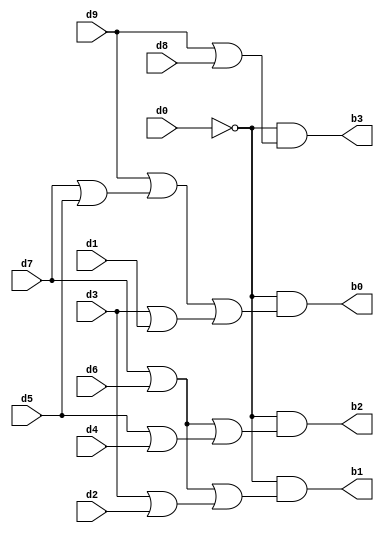
// Copyright (C) 2020  Intel Corporation. All rights reserved.
// Your use of Intel Corporation's design tools, logic functions 
// and other software and tools, and any partner logic 
// functions, and any output files from any of the foregoing 
// (including device programming or simulation files), and any 
// associated documentation or information are expressly subject 
// to the terms and conditions of the Intel Program License 
// Subscription Agreement, the Intel Quartus Prime License Agreement,
// the Intel FPGA IP License Agreement, or other applicable license
// agreement, including, without limitation, that your use is for
// the sole purpose of programming logic devices manufactured by
// Intel and sold by Intel or its authorized distributors.  Please
// refer to the applicable agreement for further details, at
// https://fpgasoftware.intel.com/eula.

// PROGRAM		"Quartus Prime"
// VERSION		"Version 20.1.1 Build 720 11/11/2020 SJ Lite Edition"
// CREATED		"Wed Nov 16 19:48:07 2022"

module d2b(
	d0,
	d1,
	d2,
	d3,
	d4,
	d5,
	d6,
	d7,
	d8,
	d9,
	b0,
	b1,
	b2,
	b3
);


input wire	d0;
input wire	d1;
input wire	d2;
input wire	d3;
input wire	d4;
input wire	d5;
input wire	d6;
input wire	d7;
input wire	d8;
input wire	d9;
output wire	b0;
output wire	b1;
output wire	b2;
output wire	b3;

wire	SYNTHESIZED_WIRE_15;
wire	SYNTHESIZED_WIRE_1;
wire	SYNTHESIZED_WIRE_3;
wire	SYNTHESIZED_WIRE_5;
wire	SYNTHESIZED_WIRE_7;
wire	SYNTHESIZED_WIRE_8;
wire	SYNTHESIZED_WIRE_9;
wire	SYNTHESIZED_WIRE_10;
wire	SYNTHESIZED_WIRE_11;
wire	SYNTHESIZED_WIRE_12;
wire	SYNTHESIZED_WIRE_13;
wire	SYNTHESIZED_WIRE_14;




assign	SYNTHESIZED_WIRE_14 = d3 | d1;

assign	b0 = SYNTHESIZED_WIRE_15 & SYNTHESIZED_WIRE_1;

assign	b1 = SYNTHESIZED_WIRE_15 & SYNTHESIZED_WIRE_3;

assign	b2 = SYNTHESIZED_WIRE_15 & SYNTHESIZED_WIRE_5;

assign	b3 = SYNTHESIZED_WIRE_15 & SYNTHESIZED_WIRE_7;

assign	SYNTHESIZED_WIRE_10 = d7 | d6;

assign	SYNTHESIZED_WIRE_11 = d3 | d2;

assign	SYNTHESIZED_WIRE_9 = d5 | d4;

assign	SYNTHESIZED_WIRE_8 = d7 | d6;

assign	SYNTHESIZED_WIRE_5 = SYNTHESIZED_WIRE_8 | SYNTHESIZED_WIRE_9;

assign	SYNTHESIZED_WIRE_3 = SYNTHESIZED_WIRE_10 | SYNTHESIZED_WIRE_11;

assign	SYNTHESIZED_WIRE_15 =  ~d0;

assign	SYNTHESIZED_WIRE_13 = d9 | SYNTHESIZED_WIRE_12;

assign	SYNTHESIZED_WIRE_1 = SYNTHESIZED_WIRE_13 | SYNTHESIZED_WIRE_14;

assign	SYNTHESIZED_WIRE_7 = d9 | d8;

assign	SYNTHESIZED_WIRE_12 = d7 | d5;


endmodule